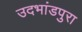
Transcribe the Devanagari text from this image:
उदभांडपुरा